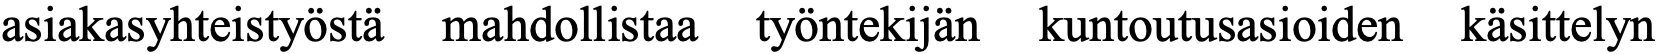
asiakasyhteistyöstä mahdollistaa työntekijän kuntoutusasioiden käsittelyn